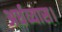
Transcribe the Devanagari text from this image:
अर्धव्यास।